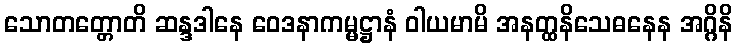
သောတတ္တောတိ ဆန္ဒဒါနေ ဝေဒနာကမ္မဋ္ဌာနံ ဝါယမာမိ အနတ္ထနိသေဓနေန အဂ္ဂိနိ